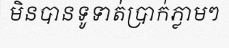
មិនបានទូទាត់ប្រាក់ភ្លាមៗ